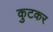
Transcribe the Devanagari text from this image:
कुटकर